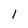
Character: 1